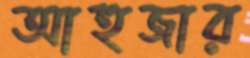
আহুজার